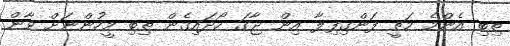
ތިބި އެންމެ މަތީ ފަންގިފިލާ އިން ޖާގަ ހޯދައިގެން ތިިބި މީހުންނަށް ވާން